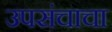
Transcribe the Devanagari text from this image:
उपसंचाचा